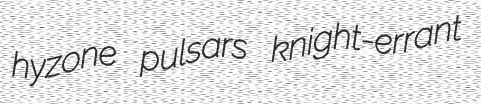
hyzone pulsars knight-errant